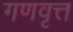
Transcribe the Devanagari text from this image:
गणवृत्त